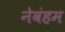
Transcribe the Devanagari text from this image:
नेवंहम